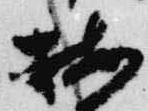
按